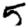
Digit: 5